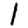
Digit: 1